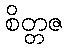
စိတ္တဇ